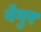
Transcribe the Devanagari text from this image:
बेगुर